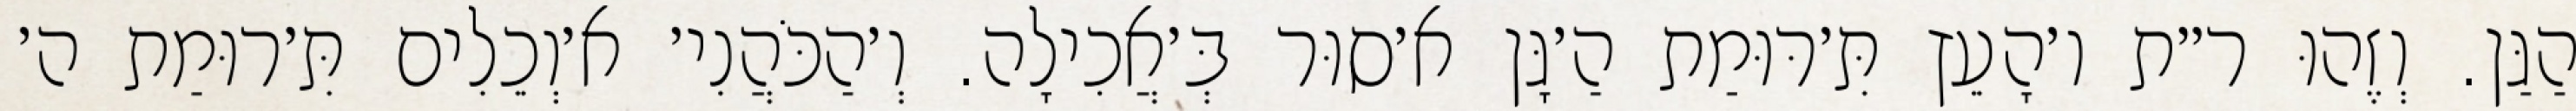
הַגַּן. וְזֶהוּ ר״ת ו׳הָעֵץ תִּ׳רּוּמַת הַ׳גָּן א׳סוּר בְּ׳אֲכִילָה. וְ׳הַכֹּהֲנִי׳ א׳וְכֵלִים תִּ׳רוּמַת ה׳